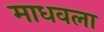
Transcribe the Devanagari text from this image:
माधवला